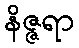
နိဇ္ဇရာ